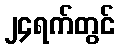
၂၄ရက်တွင်